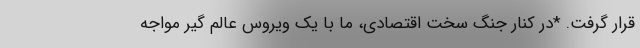
قرار گرفت. *در کنار جنگ سخت اقتصادی، ما با یک ویروس عالم گیر مواجه